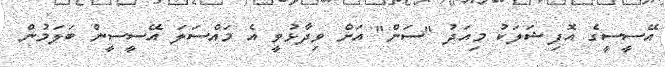
އޭސީސީގެ އޮފިޝަލަކު މިއަދުު "ސަން" އަށް ވިދާޅުވީ އެ މައްސަލަ އޭސީސީން ބަލަމުން